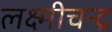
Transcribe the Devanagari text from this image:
लक्ष्मीचन्द्र